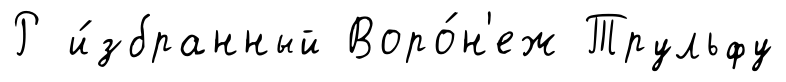
Р и́збранный Воро́н'еж Трульфу